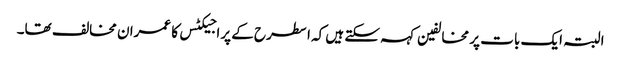
البتہ ایک بات پر مخالفین کہہ سکتے ہیں کہ ا سطرح کے پراجیکٹس کا عمران مخالف تھا۔